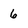
Character: 6